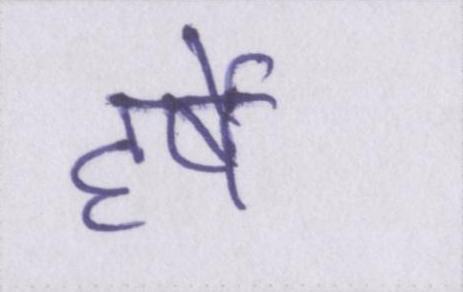
हर्षे